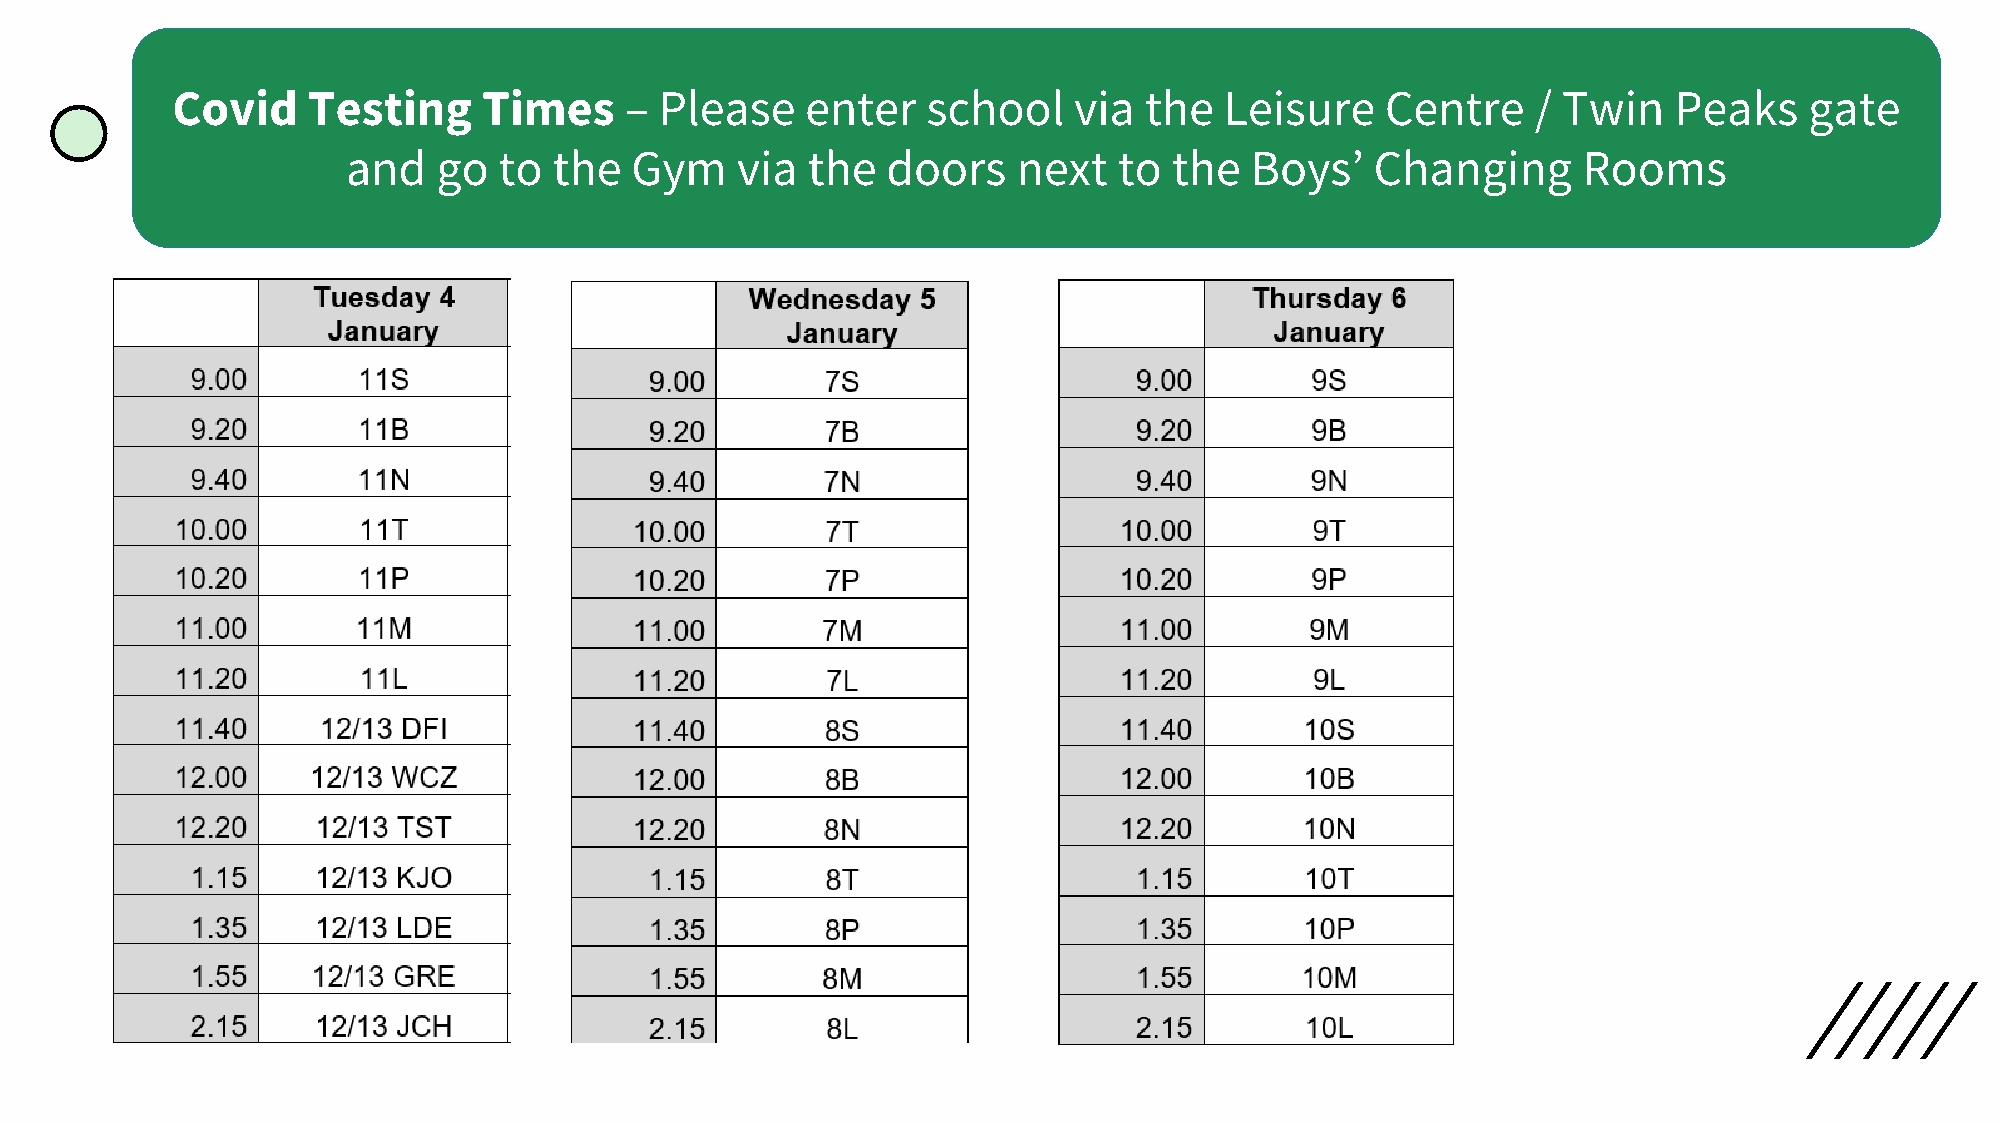
Covid    Testing     Times    –  Please   enter   school    via  the  Leisure    Centre    / Twin   Peaks    gate
 and   go  to  the  Gym    via the   doors   next   to  the  Boys’   Changing      Rooms